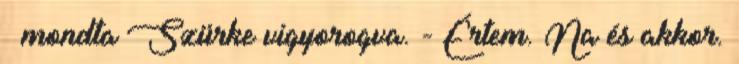
– mondta Szürke vigyorogva. - Értem. Na és akkor.